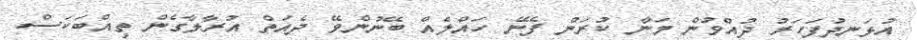
އުޅަނދުފަހަރު ދުއްވުން މަނާ ކުރަން ފެނޭ ހައްލެއް ބޭނުންވޭ ދެއަތް އުރާލާގެން ތިއްބަކަސް